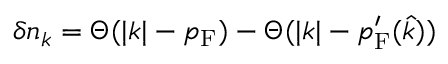
\delta n _ { k } = \Theta ( | k | - p _ { \mathrm { { F } } } ) - \Theta ( | k | - p _ { \mathrm { { F } } } ^ { \prime } ( { \hat { k } } ) )